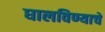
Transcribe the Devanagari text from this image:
घालविण्याचे